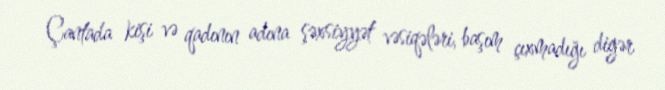
Çantada kişi və qadının adına şəxsiyyət vəsiqələri, başım çıxmadığı digər